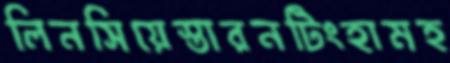
লিনসিয়েস্তারনটিংহামহ